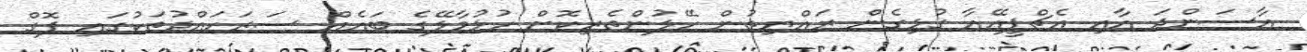
އާސަންދަ އާއި އެޗްޕީއޭއާ ގުޅިގެން ރައްޔިތުން ހޭލުންތެރިކޮށް ހުޅުމާލޭގެ ބައެއް ސަރަހައްދުތަކުގައި ފޮގް